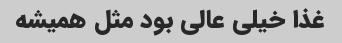
غذا خیلی عالی بود مثل همیشه